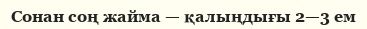
Сонан соң жайма — қалыңдығы 2—3 ем